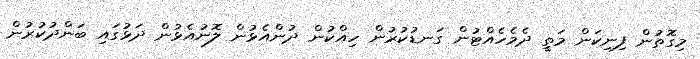
މިގޮތުން ފިނިކަން މަތީ ދެމެހެއްޓުން ގަނޑުކުރުން ހިއްކުން ދުންއެޅުން ލޮނުއެޅުން ދަޅުގައި ބަންދުކުރުން